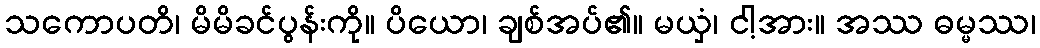
သကောပတိ၊ မိမိခင်ပွန်းကို။ ပိယော၊ ချစ်အပ်၏။ မယှံ၊ ငါ့အား။ အဿ ဓမ္မဿ၊